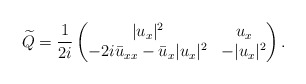
\begin{align*}\widetilde{Q} =\frac{1}{2 i}\begin{pmatrix}|u_x|^2 & u_x \\-2i\bar{u}_{xx}-\bar{u}_x|u_x|^2 & -|u_x|^2\end{pmatrix}. \end{align*}